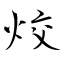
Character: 烄